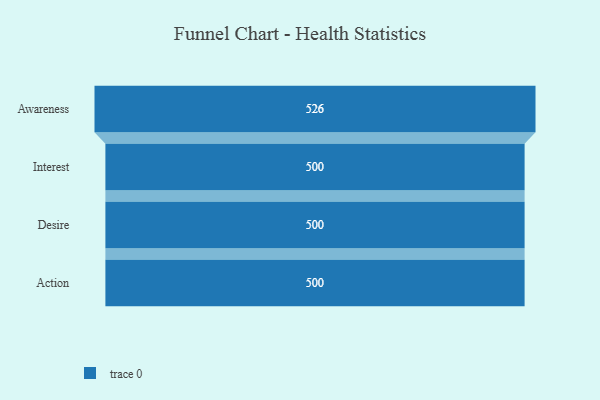
{"axis": {"x": "Stage", "y": "Value"}, "legend": [""], "data": [{"x": "Awareness", "y": 526.0, "type": ""}, {"x": "Interest", "y": 500, "type": ""}, {"x": "Desire", "y": 500, "type": ""}, {"x": "Action", "y": 500, "type": ""}]}